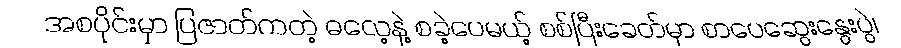
အစပိုင်းမှာ ပြဇာတ်ကတဲ့ ဓလေ့နဲ့ စခဲ့ပေမယ့် စစ်ပြီးခေတ်မှာ စာပေဆွေးနွေးပွဲ၊